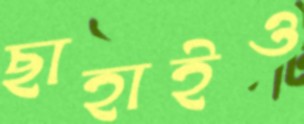
ছাহাইও